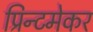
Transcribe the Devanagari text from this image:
प्रिन्टमेकर